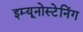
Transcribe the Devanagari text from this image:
इम्यूनोस्टेनिंग